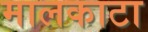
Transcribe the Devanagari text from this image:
मालकाटा